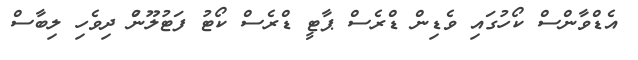
އެޑްވާންސް ކޯހުގައި ވެޑިން ޑްރެސް ޕާޓީ ޑްރެސް ކޯޓު ފަޓުލޫނުް ދިވެހި ލިބާސް